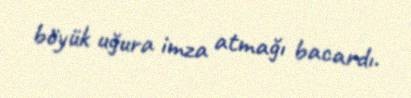
böyük uğura imza atmağı bacardı.